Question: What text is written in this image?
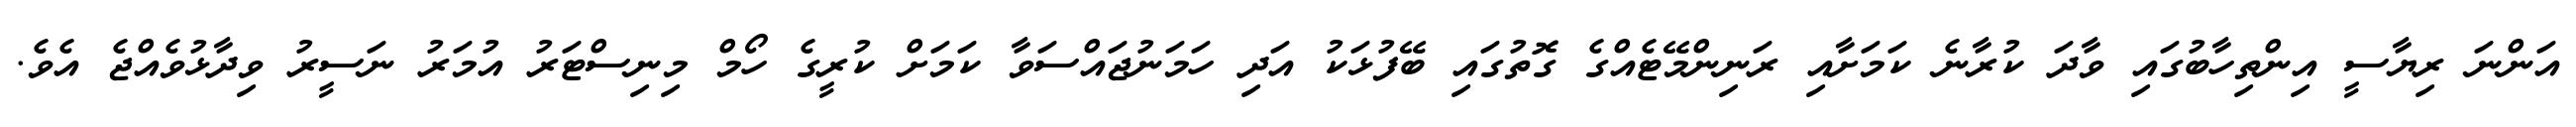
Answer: އަންނަ ރިޔާސީ އިންތިހާބުގައި ވާދަ ކުރާނެ ކަމަށާއި ރަނިންމޭޓެއްގެ ގޮތުގައި ބޭފުޅަކު އަދި ހަމަނުޖައްސަވާ ކަމަށް ކުރީގެ ހޯމް މިނިސްޓަރު އުމަރު ނަސީރު ވިދާޅުވެއްޖެ އެވެ.